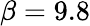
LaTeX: \beta=9.8